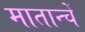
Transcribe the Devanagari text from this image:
मातान्चें